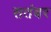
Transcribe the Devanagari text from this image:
सतंबर